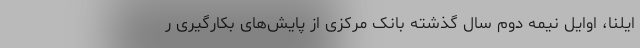
ایلنا، اوایل نیمه دوم سال گذشته بانک مرکزی از پایش‌های بکارگیری ر